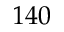
1 4 0